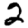
Digit: 2